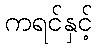
ကရင်နှင့်